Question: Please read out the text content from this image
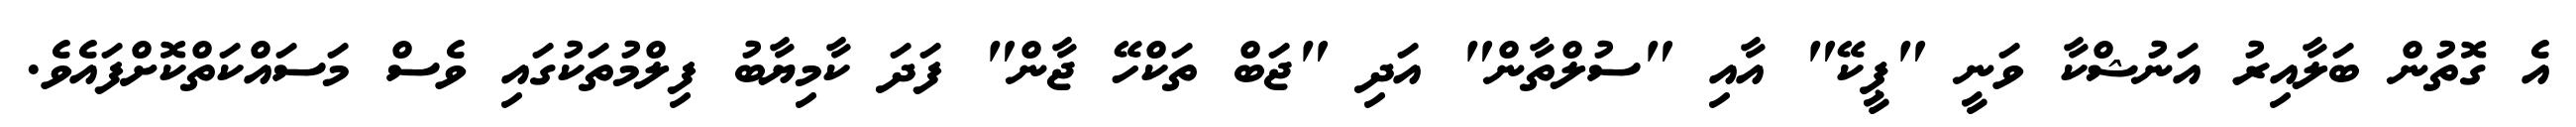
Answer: އެ ގޮތުން ބަލާއިރު އަނުޝްކާ ވަނީ "ޕީކޭ" އާއި "ސުލްތާން" އަދި "ޖަބް ތަކްހޭ ޖާން" ފަދަ ކާމިޔާބު ފިލްމުތަކުގައި ވެސް މަސައްކަތްކޮށްފައެވެ.